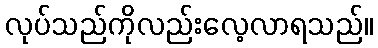
လုပ်သည်ကိုလည်းလေ့လာရသည်။